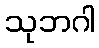
သုဘဂါ